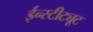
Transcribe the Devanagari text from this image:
ईन्स्टीट्यूट